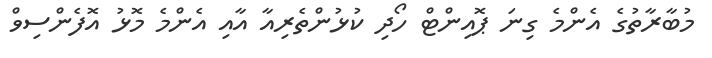
މުބާރާތުގެ އެންމެ ގިނަ ޕޮއިންޓް ހޯދި ކުޅުންތެރިއާ އާއި އެންމެ މޮޅު އޮފެންސިވް